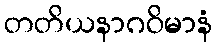
တတိယနာဂဝိမာနံ